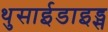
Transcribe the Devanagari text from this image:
थुसाईडाइड्स